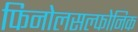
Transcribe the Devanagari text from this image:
फिनोलसल्फोनिक